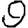
Digit: 9